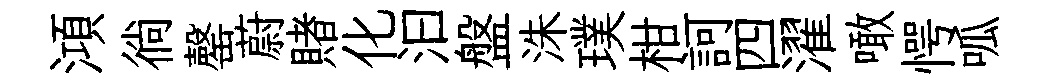
澒徜罄蔚賭化汩盤洙璞柑訶四濯噉愕呱